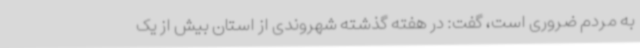
به مردم ضروری است، گفت: در هفته گذشته شهروندی از استان بیش از یک